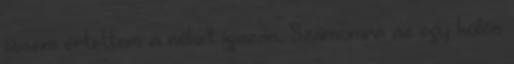
sosem értettem a nőket igazán. Számomra az egy külön